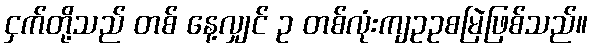
ငှက်တို့သည် တစ် နေ့လျှင် ဥ တစ်လုံးကျဥဥစမြဲဖြစ်သည်။